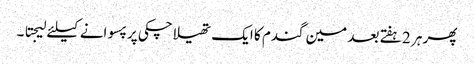
پھر ہر 2 ہفتے بعد مین گندم کا ایک تھیلا چکی پر پسوانے کیلئے لیجتا ۔